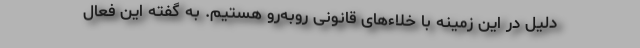
دلیل در این زمینه با خلاءهای قانونی روبه‌رو هستیم. به گفته این فعال